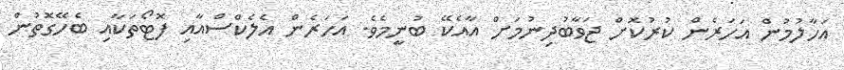
އަހާލުމުން އަހަރެން ކުރުކޮށް ޖަވާބުދިނުމަށް އާއެކޭ ބުނީމެވެ. އަހަރެން އެލެކްސްއާއި ފޮޓޯތަކާއި ބެހޭގޮތުން